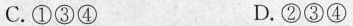
C. ①③④ D. ②③④